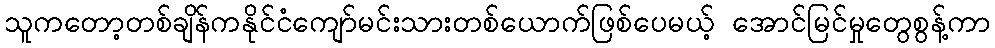
သူကတော့တစ်ချိန်ကနိုင်ငံကျော်မင်းသားတစ်ယောက်ဖြစ်ပေမယ့် အောင်မြင်မှုတွေစွန့်ကာ